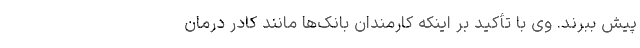
پیش ببرند. وی با تأکید بر اینکه کارمندان بانک‌ها مانند کادر درمان